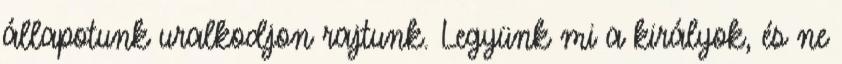
állapotunk uralkodjon rajtunk. Legyünk mi a királyok, és ne